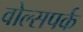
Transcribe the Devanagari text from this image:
वोल्सपर्क